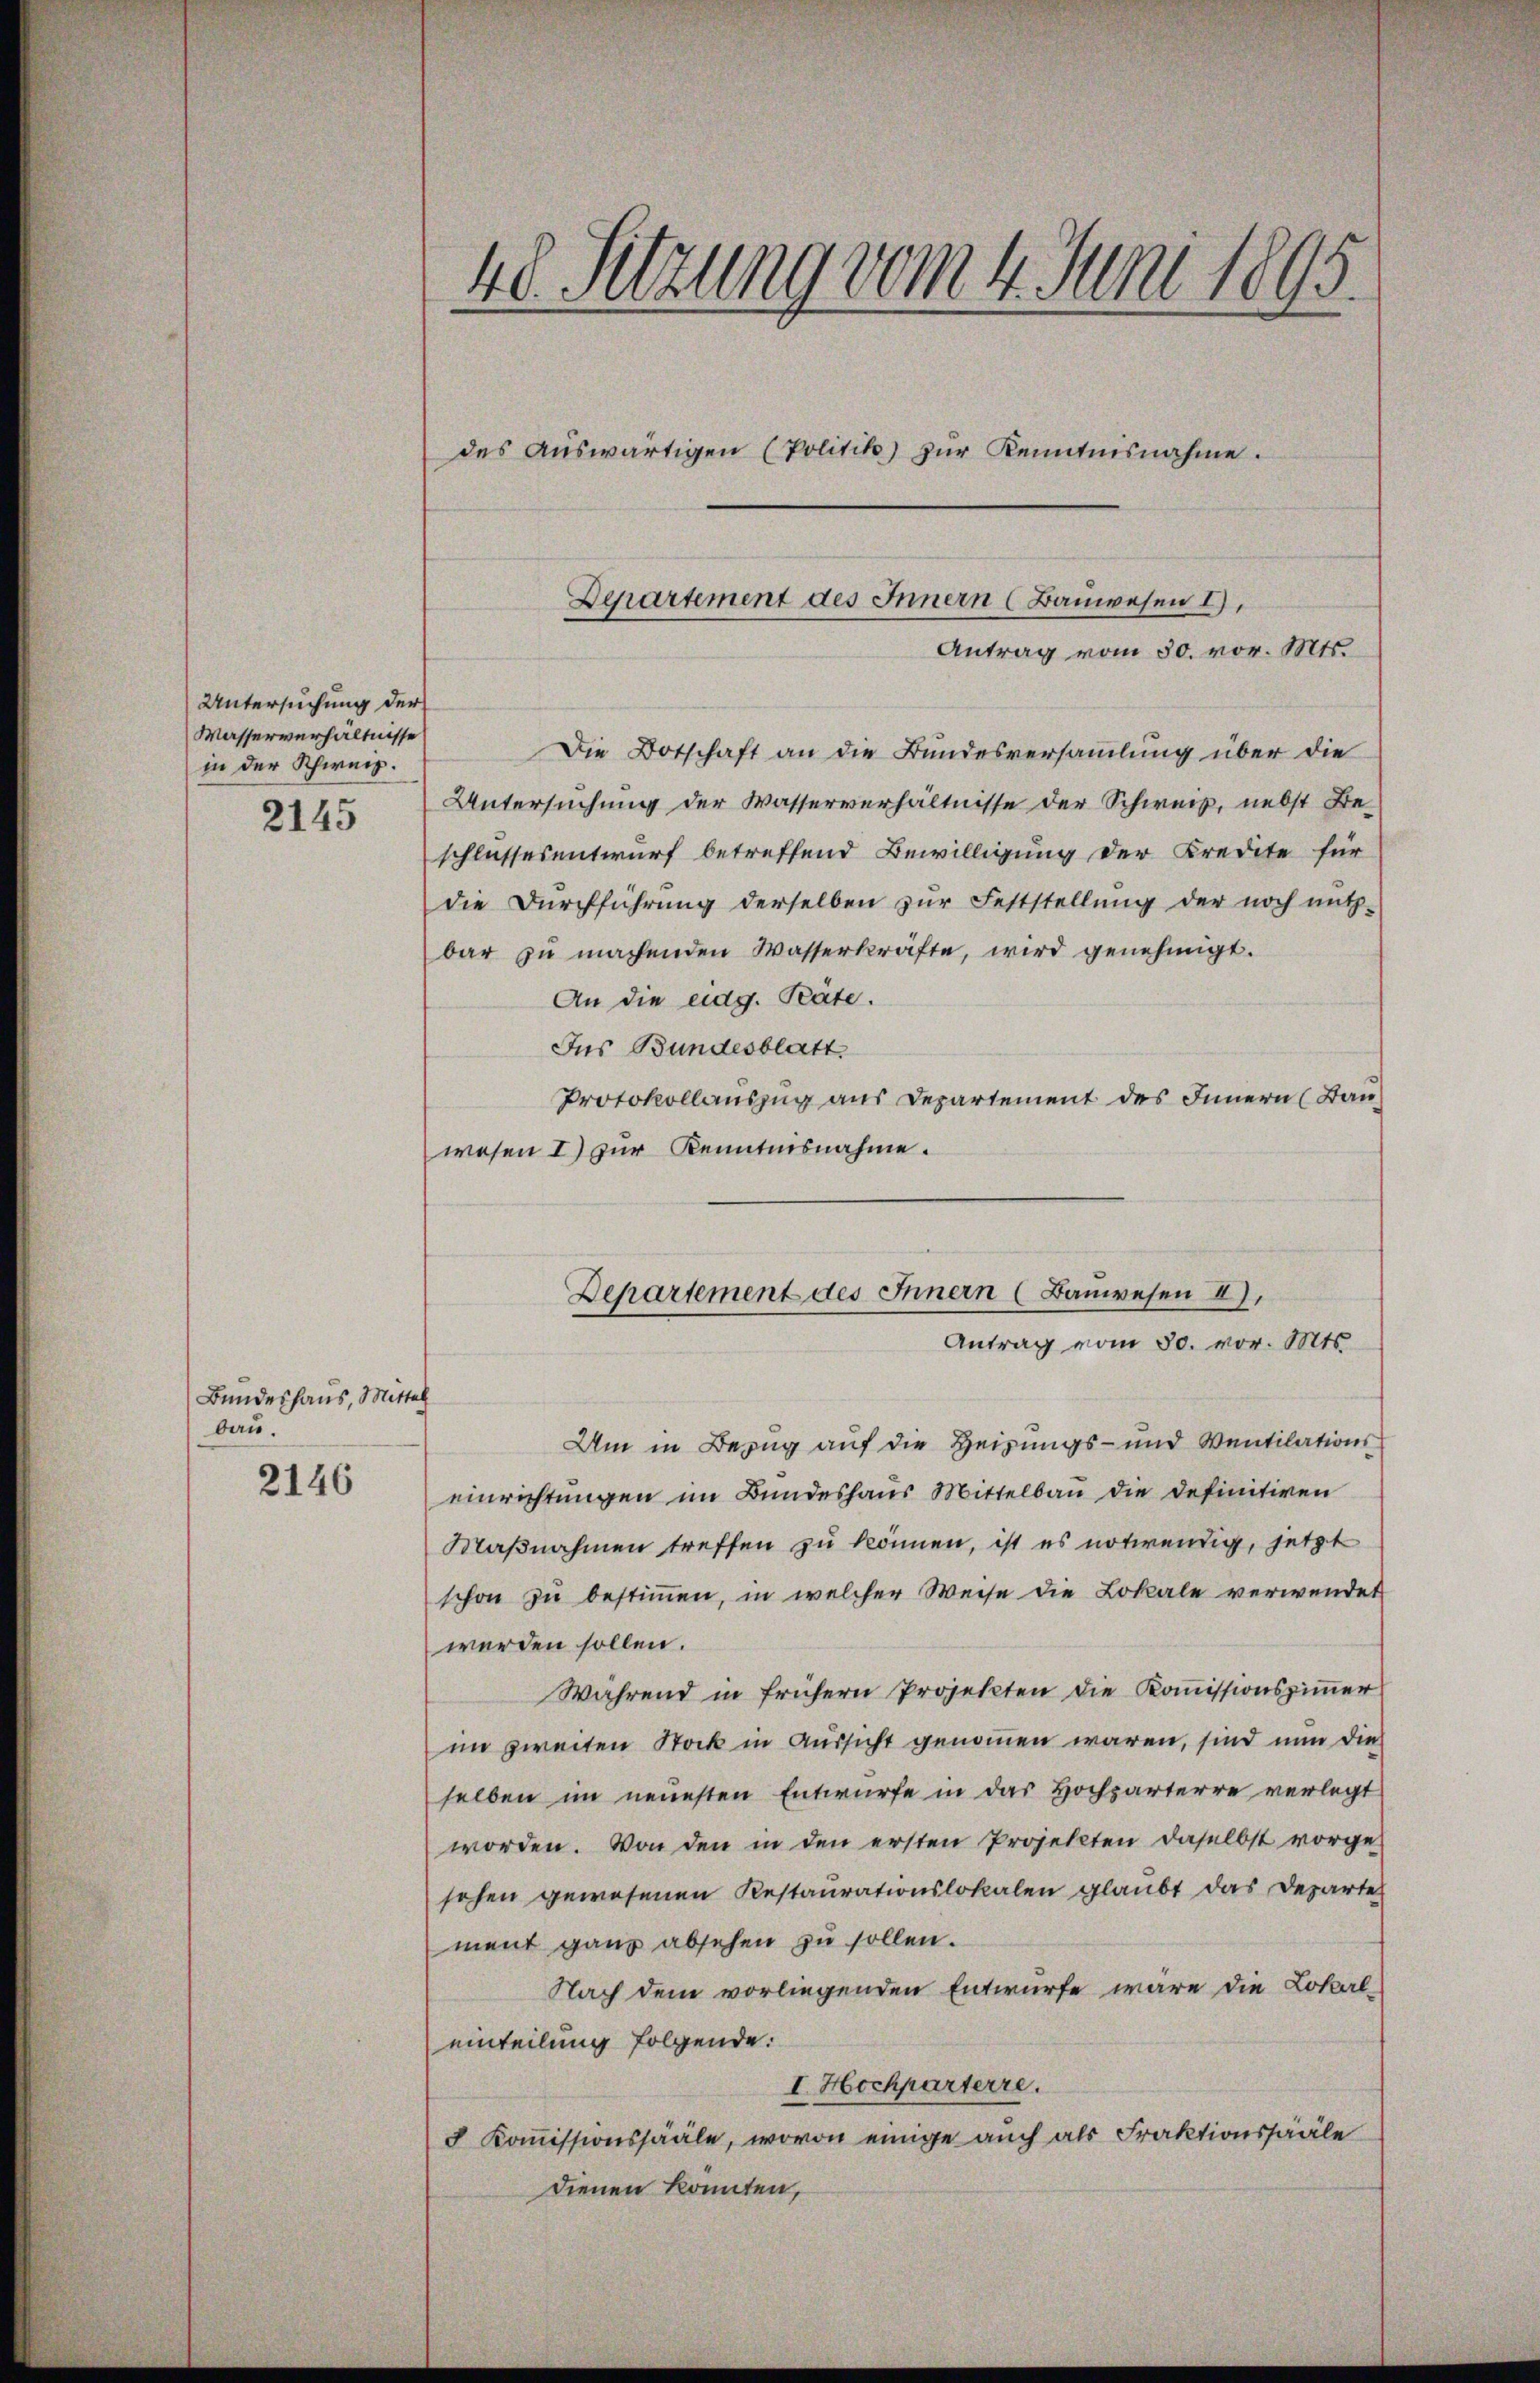
Untersuchung der
Wasserverhältnisse
in der Schweiz.

2145

Bundeshaus, Mittel
bau.

2146

48. Sitzung vom 4. Juni 1895.
des aŭswärtigen (Politik) zŭr Kenntnisnahme.

Departement des Innern (Bauwesen I),
Antrag vom 30. vor. Mts.

Die Botschaft an die Bundesversammlung über die
Untersuchung der Wasserverhältnisse der Schweiz, nebst Be-
schlussesentwurf betreffend Bewilligung der Kredite für
die Dŭrchführŭng derselben zŭr Feststellŭng der noch nütz-
bar zŭ machenden Wasserkräfte, wird genehmigt.
An die eidg. Präte.
Ins Bundesblatt
Protokollauszug aus Departement des Innern (Ban
wesen I) zur Kenntnisnahme.

Departement des Innern (Bauwesen II).
Antrag vom 30. vor. Mts.

Um in Bezug auf die Heizungs- und Ventilations
einrichtungen im Bundeshaus Mittelbau die definitiven
Maβnahmen treffen zu können, ist es notwendig, jetzt
schon zu bestimmen, in welcher Weise die Lokale verwendet
werden sollen.
Während in frühern Projekten die Kommissionszimmer
im zweiten Stock in Aussicht genommen waren, sind nun die
selben im neuesten Entwurfe in das Hochzärterre verlegt
worden. Von den in den ersten Projekten daselbst vorge
sehen gewesenen Restaurationslokalen glaubt das Departe
ment ganz absehen zu sollen.
Nach dem vorliegenden Entwurfe wäre die Lokal-
einteilung folgende:
I. Hochparterre.
8 Kommissionssääle, wovon einige auch als Fraktionssääle
dienen konnten,